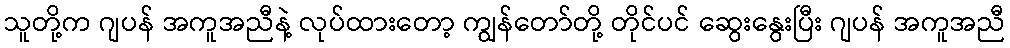
သူတို့က ဂျပန် အကူအညီနဲ့ လုပ်ထားတော့ ကျွန်တော်တို့ တိုင်ပင် ဆွေးနွေးပြီး ဂျပန် အကူအညီ